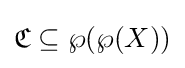
{\mathfrak {C}}\subseteq \wp (\wp (X))